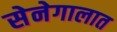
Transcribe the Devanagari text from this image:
सेनेगालात